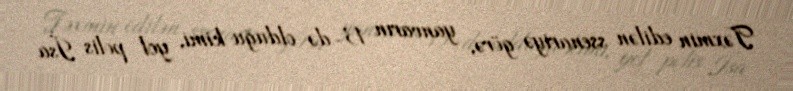
Təxmin edilən ssenariyə görə, yanvarın 13-də olduğu kimi, yol polis İsa